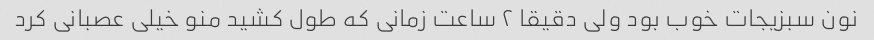
نون سبزیجات خوب بود ولی دقیقا ٢ ساعت زمانی که طول کشید منو خیلی عصبانی کرد